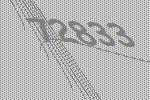
72833